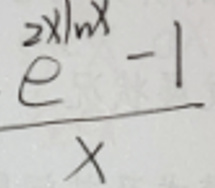
\frac{e^{2x\ln x}-1}{x}